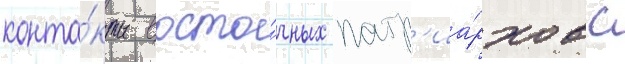
конта́кты восто́чных патр'иа́рхов с